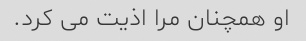
او همچنان مرا اذیت می کرد.